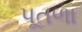
પૂતળા